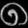
Digit: ၈